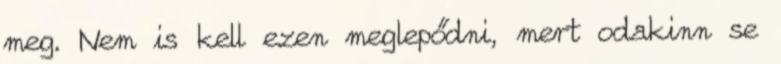
meg. Nem is kell ezen meglepődni, mert odakinn se